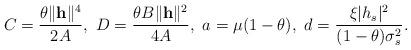
LaTeX: \begin{align*}C = \frac{\theta \|\mathbf{h}\|^{4}}{2 A}, ~ D = \frac{\theta B \|\mathbf{h}\|^{2}}{4 A},~ a = \mu (1-\theta),~ d = \frac{\xi |h_{s}|^{2}}{(1-\theta) \sigma_{s}^{2}}. \end{align*}